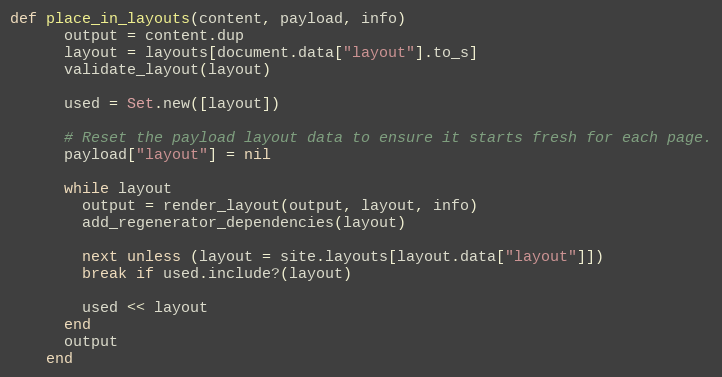
Language: Ruby
def place_in_layouts(content, payload, info)
      output = content.dup
      layout = layouts[document.data["layout"].to_s]
      validate_layout(layout)

      used = Set.new([layout])

      # Reset the payload layout data to ensure it starts fresh for each page.
      payload["layout"] = nil

      while layout
        output = render_layout(output, layout, info)
        add_regenerator_dependencies(layout)

        next unless (layout = site.layouts[layout.data["layout"]])
        break if used.include?(layout)

        used << layout
      end
      output
    end